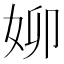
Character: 㚹